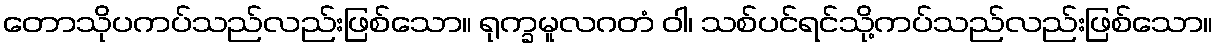
တောသိုပကပ်သည်လည်းဖြစ်သော။ ရုက္ခမူလဂတံ ဝါ၊ သစ်ပင်ရင်သို့ကပ်သည်လည်းဖြစ်သော။